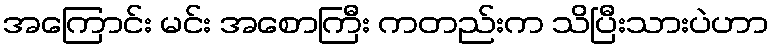
အကြောင်း မင်း အစောကြီး ကတည်းက သိပြီးသားပဲဟာ